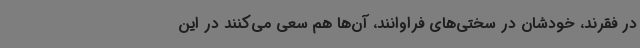
در فقرند، خودشان در سختی‌های فراوانند، آن‌ها هم سعی می‌کنند در این